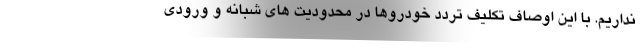
نداریم. با این اوصاف تکلیف تردد خودروها در محدودیت های شبانه و ورودی